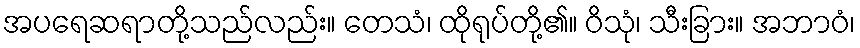
အပရေဆရာတို့သည်လည်း။ တေသံ၊ ထိုရုပ်တို့၏။ ဝိသုံ၊ သီးခြား။ အဘာဝံ၊